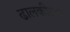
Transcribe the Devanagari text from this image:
ढालकीटक